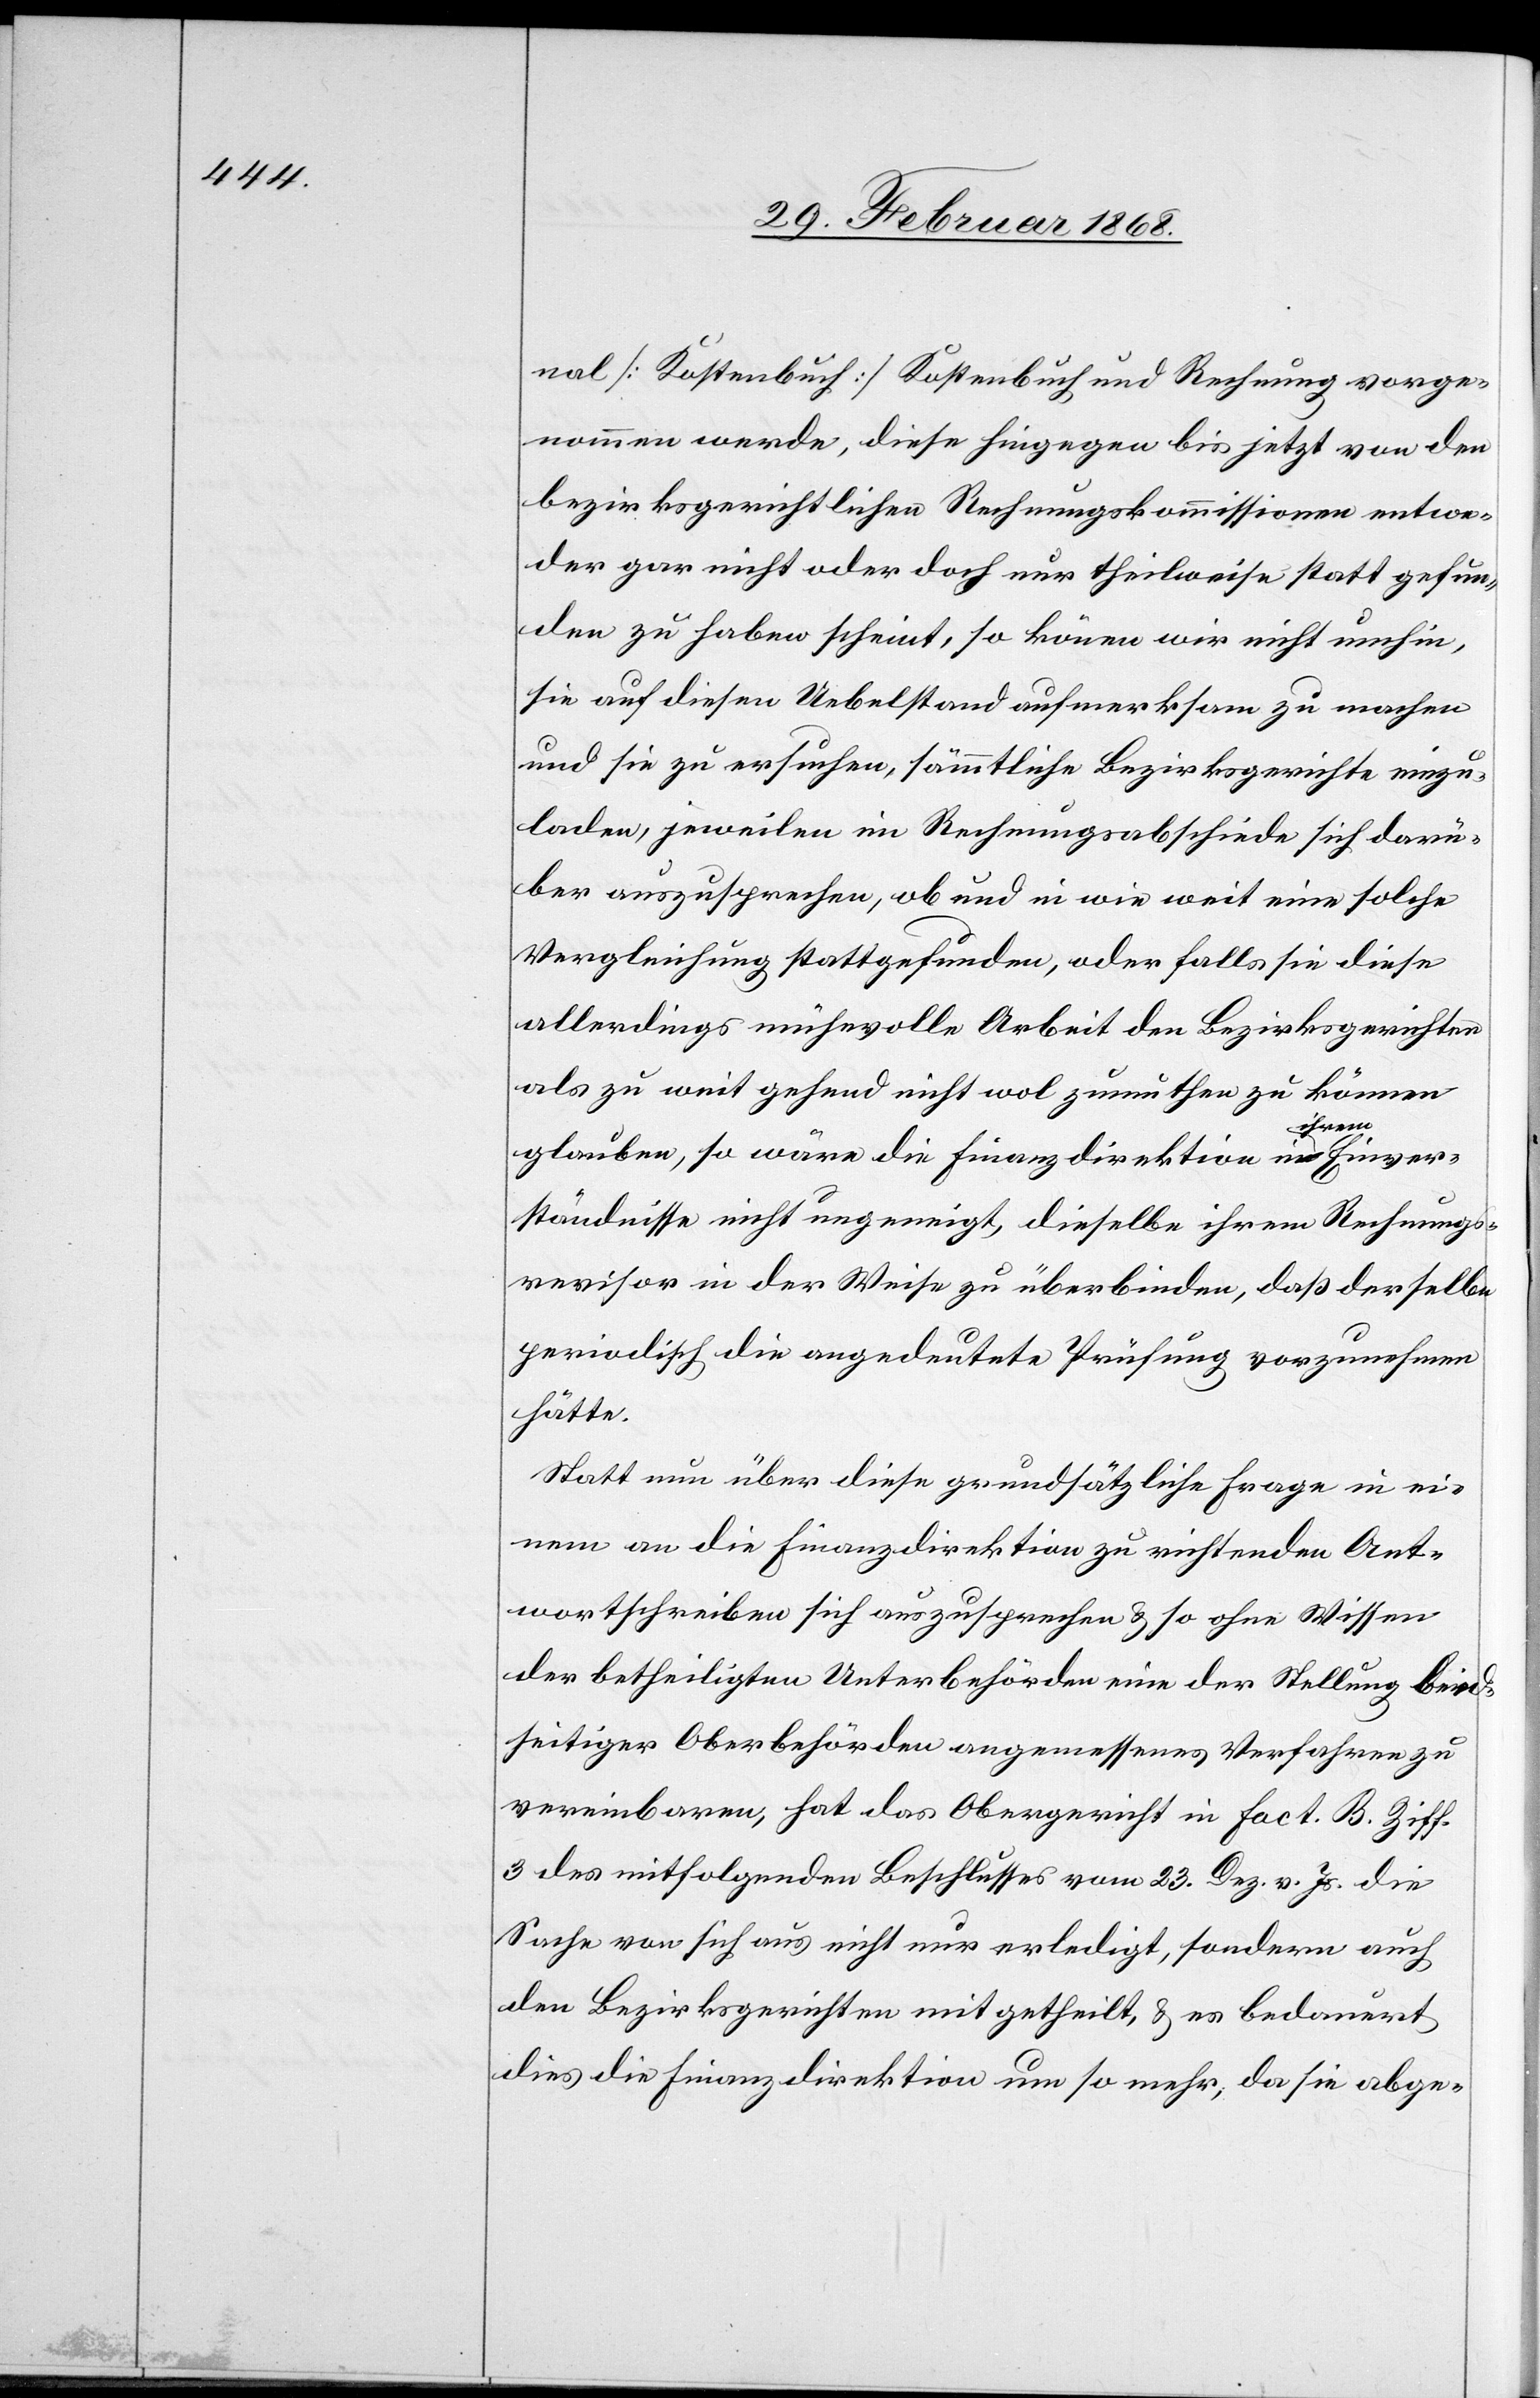
nal [Kostenbuch] Kostenbuch [sic!] und Rechnung vorge¬
nommen werde, diese hingegen bis jetzt von den
bezirksgerichtlichen Rechnungskommissionen entwe¬
der gar nicht oder doch nur theilweise statt gefun¬
den zu haben scheint, so kön[n]en wir nicht umhin,
sie auf diesen Uebelstand aufmerksam zu machen
und sie zu ersuchen, sämmtliche Bezirksgerichte einzu¬
laden, jeweilen im Rechnungsabschiede sich darü¬
ber auszusprechen, ob und in wie weit eine solche
Vergleichung stattgefunden, oder falls sie diese
allerdings mühevolle Arbeit den Bezirksgerichten
als zu weit gehend nicht wol zumuthen zu können
glauben, so wäre die Finanzdirektion in ihrem Einver¬
ständnisse nicht ungeneigt, dieselbe ihrem Rechnungs¬
revisor in der Weise zu überbinden, daß derselbe
periodisch die angedeutete Prüfung vorzunehmen
hätte.
Statt nun über diese grundsätzliche Frage in ei¬
nem an die Finanzdirektion zu richtenden Ant¬
wortschreiben sich auszusprechen & so ohne Wissen
der betheiligten Unterbehörden eine [sic!] der Stellung beid¬
seitiger Oberbehörden angemessenes Verfahren zu
vereinbaren, hat das Obergericht in Fact. B. Ziff.
3 des mitfolgenden Beschlusses vom 23. Dez. v. Js. die
Sache von sich aus nicht nur erledigt, sondern auch
den Bezirksgerichten mitgetheilt, & es bedauert
dies die Finanzdirektion um so mehr, da sie abge-